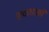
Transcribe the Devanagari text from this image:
शवाधानों